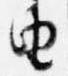
由